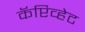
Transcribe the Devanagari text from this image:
कॅप्टिव्हेट